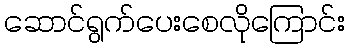
ဆောင်ရွက်ပေးစေလိုကြောင်း